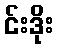
င်းဒိုး